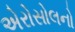
એરોસોલનો